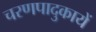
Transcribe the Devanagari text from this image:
चरणपादुकायें